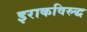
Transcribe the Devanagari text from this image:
इराकविरुद्ध